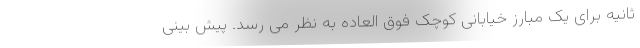
ثانیه برای یک مبارز خیابانی کوچک فوق العاده به نظر می رسد. پیش بینی